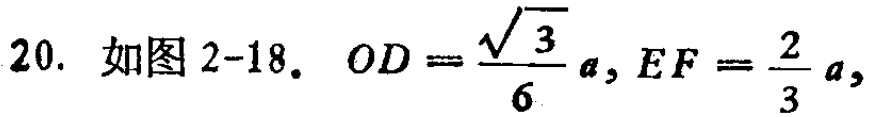
20. 如图2-18. $OD = \frac{\sqrt{3}}{6}a, EF = \frac{2}{3}a,$